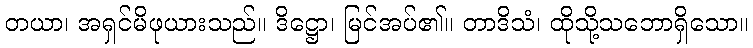
တယာ၊ အရှင်မိဖုယားသည်။ ဒိဋ္ဌော၊ မြင်အပ်၏။ တာဒိသံ၊ ထိုသို့သဘောရှိသော။